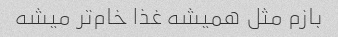
بازم مثل همیشه غذا خام‌تر میشه